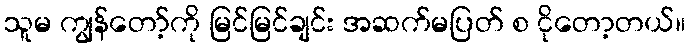
သူမ ကျွန်တော့်ကို မြင်မြင်ချင်း အဆက်မပြတ် စ ငိုတော့တယ်။